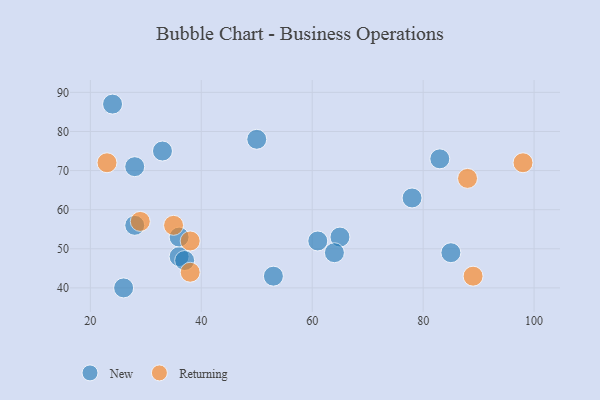
{"axis": {"x": "GDP", "y": "Life Expectancy"}, "legend": ["New", "Returning"], "data": [{"x": "65", "y": 53, "type": "New"}, {"x": "28", "y": 56, "type": "New"}, {"x": "36", "y": 48, "type": "New"}, {"x": "24", "y": 87, "type": "New"}, {"x": "37", "y": 47, "type": "New"}, {"x": "61", "y": 52, "type": "New"}, {"x": "50", "y": 78, "type": "New"}, {"x": "53", "y": 43, "type": "New"}, {"x": "28", "y": 71, "type": "New"}, {"x": "26", "y": 40, "type": "New"}, {"x": "36", "y": 53, "type": "New"}, {"x": "33", "y": 75, "type": "New"}, {"x": "78", "y": 63, "type": "New"}, {"x": "83", "y": 73, "type": "New"}, {"x": "64", "y": 49, "type": "New"}, {"x": "85", "y": 49, "type": "New"}, {"x": "38", "y": 44, "type": "Returning"}, {"x": "89", "y": 43, "type": "Returning"}, {"x": "29", "y": 57, "type": "Returning"}, {"x": "35", "y": 56, "type": "Returning"}, {"x": "23", "y": 72, "type": "Returning"}, {"x": "38", "y": 52, "type": "Returning"}, {"x": "88", "y": 68, "type": "Returning"}, {"x": "98", "y": 72, "type": "Returning"}]}